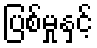
ပြစ်မှုနှင့်